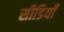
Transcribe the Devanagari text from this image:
सीडियाँ